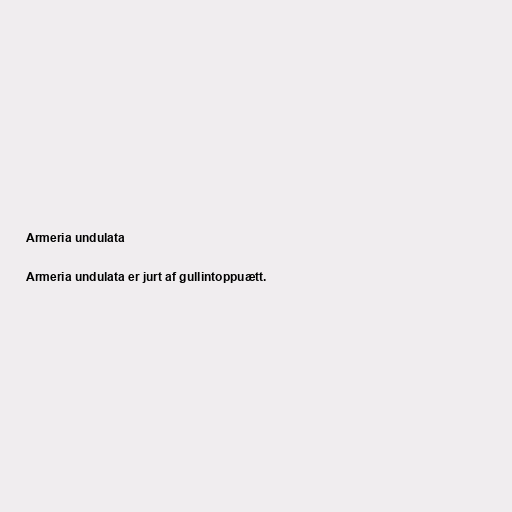
Armeria undulata

Armeria undulata er jurt af gullintoppuætt.